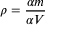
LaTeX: \rho = { \frac { \alpha m } { \alpha V } }